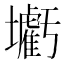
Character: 𡓰